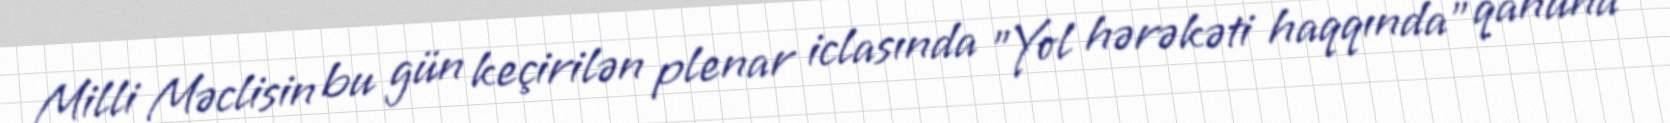
Milli Məclisin bu gün keçirilən plenar iclasında "Yol hərəkəti haqqında” qanuna